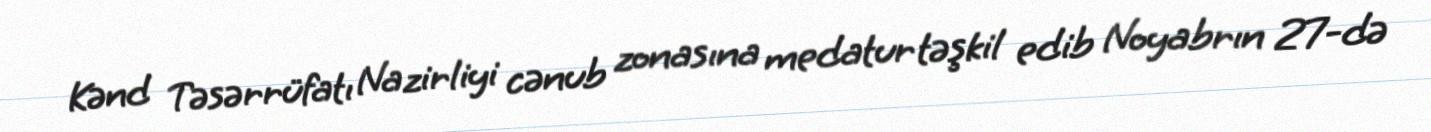
Kənd Təsərrüfatı Nazirliyi cənub zonasına medatur təşkil edib Noyabrın 27-də